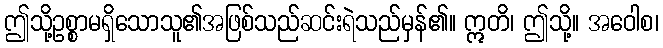
ဤသို့ဥစ္စာမရှိသောသူ၏အဖြစ်သည်ဆင်းရဲသည်မှန်၏။ ဣတိ၊ ဤသို့။ အဝေါစ၊